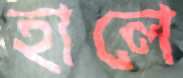
হালে